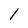
Character: 1